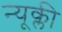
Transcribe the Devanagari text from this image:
न्यूक्ली